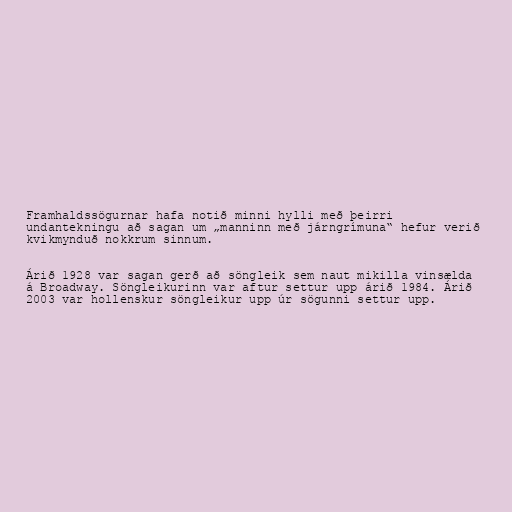
Framhaldssögurnar hafa notið minni hylli með þeirri
undantekningu að sagan um „manninn með járngrímuna“ hefur verið
kvikmynduð nokkrum sinnum.

Árið 1928 var sagan gerð að söngleik sem naut mikilla vinsælda
á Broadway. Söngleikurinn var aftur settur upp árið 1984. Árið
2003 var hollenskur söngleikur upp úr sögunni settur upp.